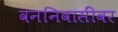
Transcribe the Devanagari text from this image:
वननिवासींवर